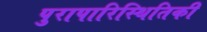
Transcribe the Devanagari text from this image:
पुरापारिस्थितिकी